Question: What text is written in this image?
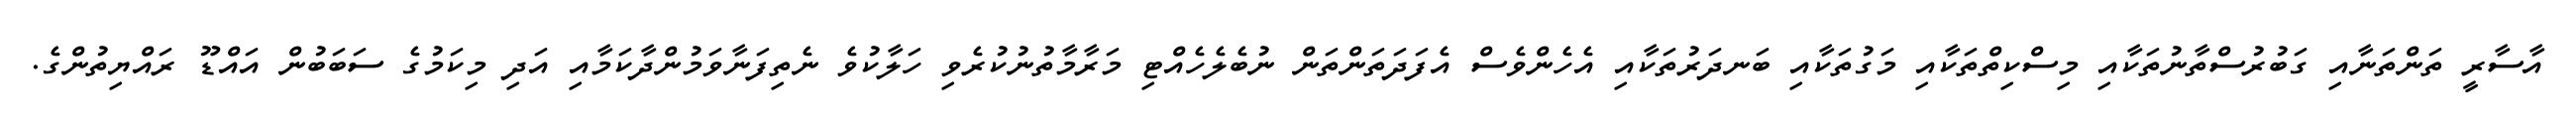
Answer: އާސާރީ ތަންތަނާއި ގަބުރުސްތާނުތަކާއި މިސްކިތްތަކާއި މަގުތަކާއި ބަނދަރުތަކާއި އެހެންވެސް އެފަދަތަންތަން ނުބެލެހެއްޓި މަރާމާތުނުކުރެވި ހަލާކުވެ ނެތިފަނާވަމުންދާކަމާއި އަދި މިކަމުގެ ސަބަބުން އައްޑޫ ރައްޔިތުންގެ.